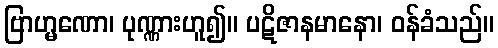
ဗြာဟ္မဏော၊ ပုဏ္ဏားဟူ၍။ ပဋိဇာနမာနော၊ ဝန်ခံသည်။